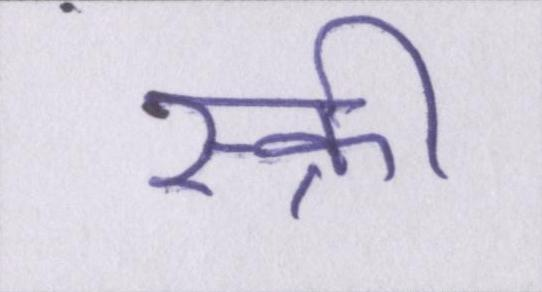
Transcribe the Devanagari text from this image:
स्क्री